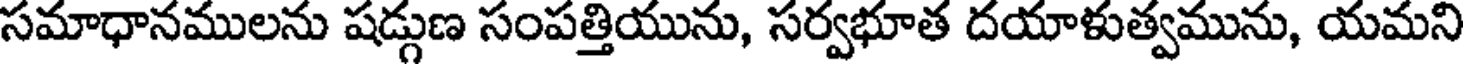
సమాధానములను షడ్గుణ సంపత్తియును, సర్వభూత దయాళుత్వమును, యమని